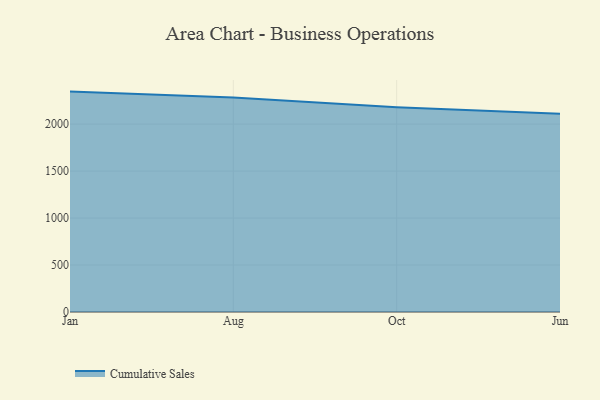
{"axis": {"x": "Month", "y": "Bounce Rate (%)"}, "legend": ["Cumulative Sales"], "data": [{"x": "Jan", "y": 2346.2, "type": "Cumulative Sales"}, {"x": "Aug", "y": 2284.4, "type": "Cumulative Sales"}, {"x": "Oct", "y": 2179.2, "type": "Cumulative Sales"}, {"x": "Jun", "y": 2109.9, "type": "Cumulative Sales"}]}